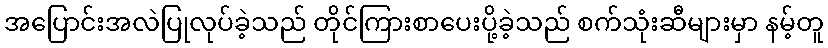
အပြောင်းအလဲပြုလုပ်ခဲ့သည် တိုင်ကြားစာပေးပို့ခဲ့သည် စက်သုံးဆီများမှာ နမ့်တူ